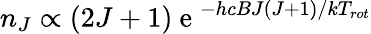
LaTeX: n_{J}\propto(2J+1)\mathrm{~e~}^{-hcBJ(J+1)/kT_{rot}}